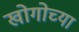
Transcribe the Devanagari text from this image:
खोगोच्या